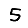
Digit: 5